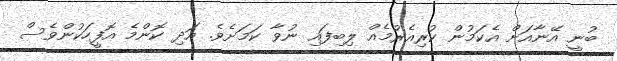
ބުނީ އޭނާއަށް އެކަމުން ކުރިއެރުމެއް ލިބިފައި ނުވާ ކަމަށެވެ. އަދި ކޮންމެ އޮފީހަކުންވެސް